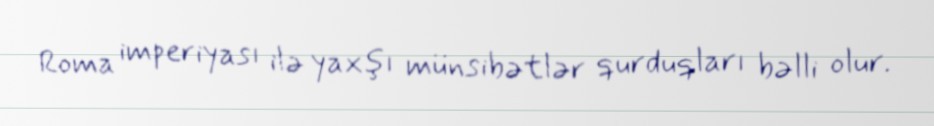
Roma imperiyası ilə yaxşı münsibətlər qurduqları bəlli olur.